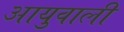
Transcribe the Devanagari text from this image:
आयुवाली